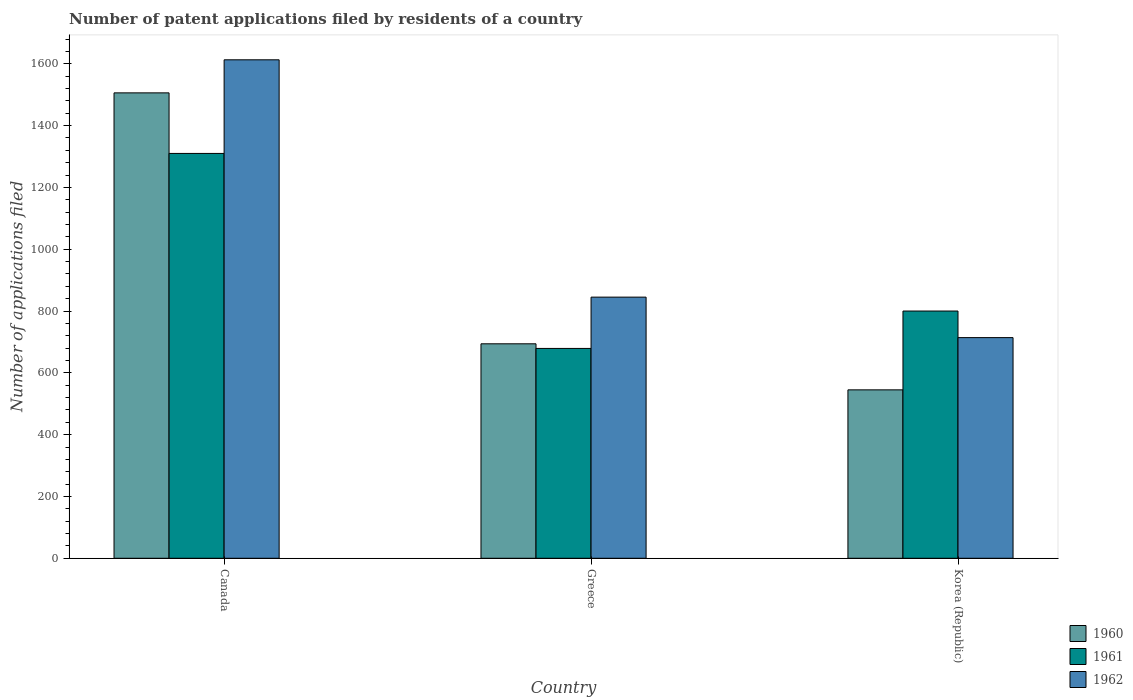
| Country | 1960 | 1961 | 1962 |
 | --- | --- | --- | --- |
 | Canada | 1.51e+03 | 1.31e+03 | 1.61e+03 |
 | Greece | 694 | 679 | 845 |
 | Korea (Republic) | 545 | 800 | 714 |